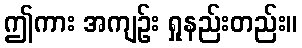
ဤကား အကျဉ်း ရှုနည်းတည်း။